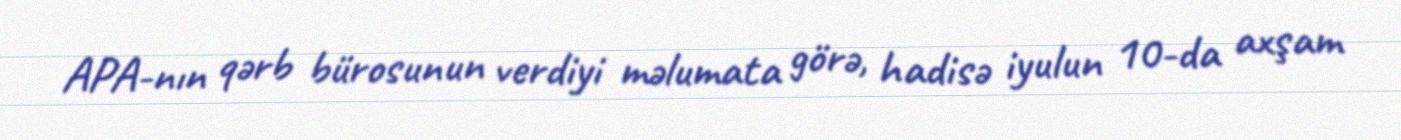
APA-nın qərb bürosunun verdiyi məlumata görə, hadisə iyulun 10-da axşam